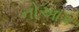
નોઆક